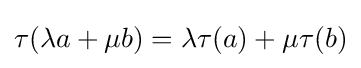
\tau (\lambda a+\mu b)=\lambda \tau (a)+\mu \tau (b)